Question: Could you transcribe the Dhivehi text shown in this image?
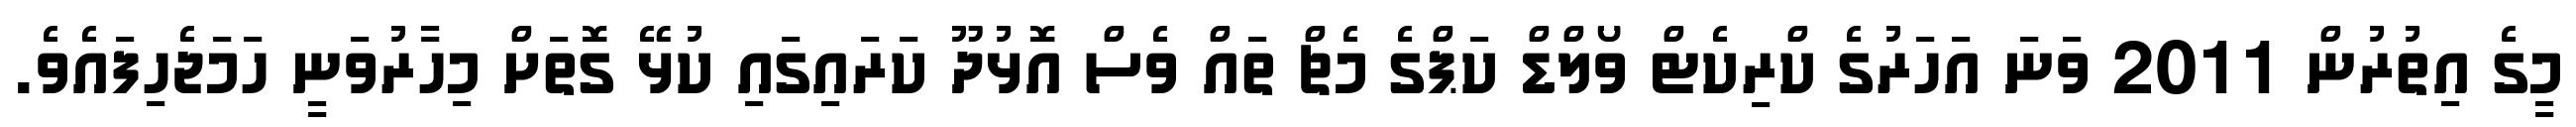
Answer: މީގެ އިތުރުން 2011 ވަނަ އަހަރުގެ ކްރިކެޓް ވޯލްޑް ކަޕްގެ މެޗް ތައް ވެސް އޮޅުދޫ ކަރައިގައި ކުޅޭ ގޮތަށް މިހާރުވަނީ ހަމަޖެހިފައެވެ.